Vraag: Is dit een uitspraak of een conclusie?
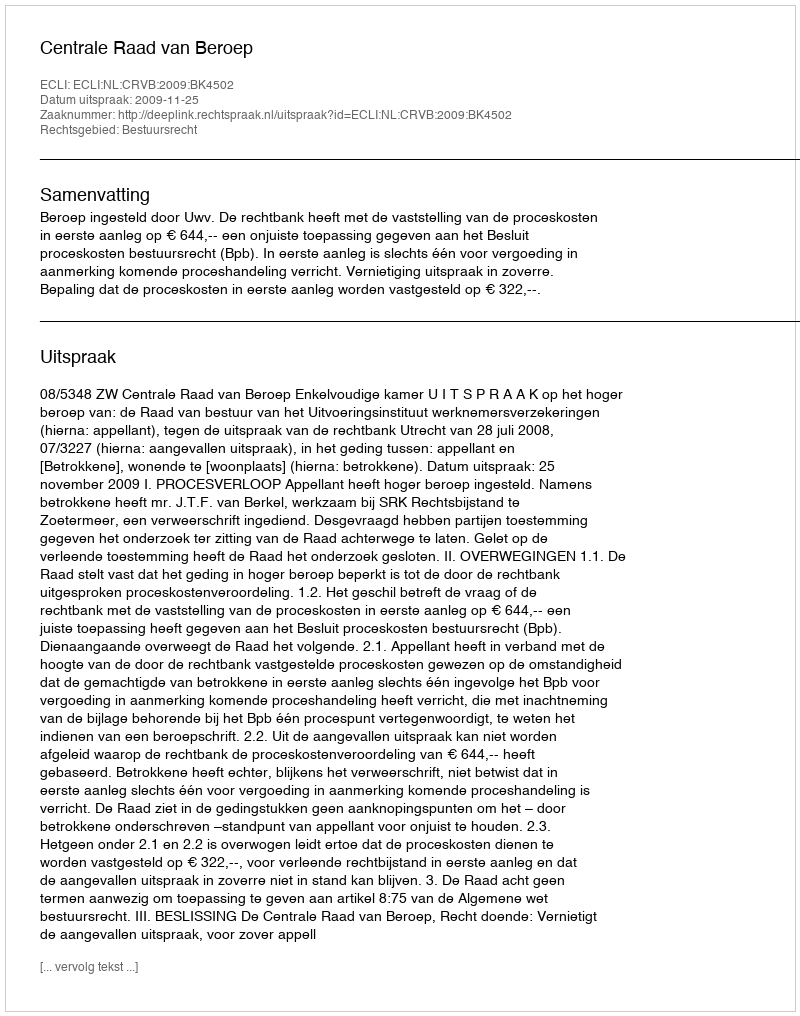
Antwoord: Uitspraak